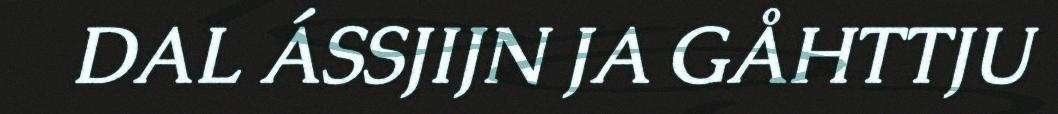
DAL ÁSSJIJN JA GÅHTTJU